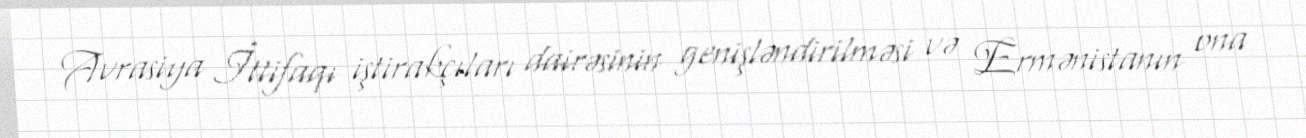
Avrasiya İttifaqı iştirakçıları dairəsinin genişləndirilməsi və Ermənistanın ona